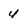
Character: 4